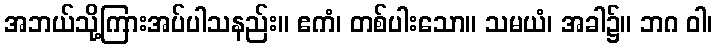
အဘယ်သို့ကြားအပ်ပါသနည်း။ ဧကံ၊ တစ်ပါးသော။ သမယံ၊ အခါ၌။ ဘဂ ဝါ၊